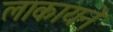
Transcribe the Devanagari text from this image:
लाकायने